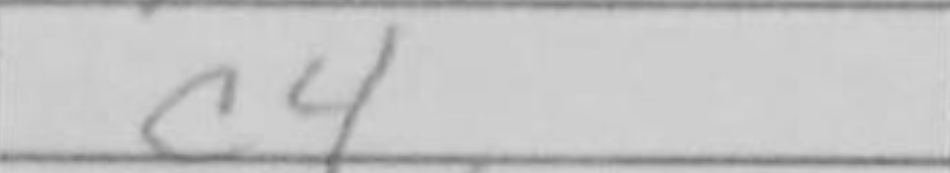
Transcription: c4